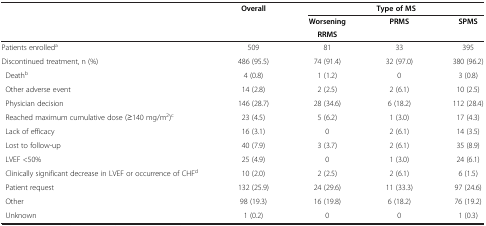
<table><thead><tr><td><b> </b></td><td><b>Overall</b></td><td colspan="3"><b>Type of MS</b></td></tr><tr><td><b> </b></td><td><b> </b></td><td><b>Worsening</b></td><td><b>PRMS</b></td><td><b>SPMS</b></td></tr><tr><td><b> </b></td><td><b> </b></td><td><b>RRMS</b></td><td><b> </b></td><td><b> </b></td></tr></thead><tbody><tr><td>Patients enrolled<sup>a</sup></td><td>509</td><td>81</td><td>33</td><td>395</td></tr><tr><td>Discontinued treatment, n (%)</td><td>486 (95.5)</td><td>74 (91.4)</td><td>32 (97.0)</td><td>380 (96.2)</td></tr><tr><td> Death<sup>b</sup></td><td>4 (0.8)</td><td>1 (1.2)</td><td>0</td><td>3 (0.8)</td></tr><tr><td> Other adverse event</td><td>14 (2.8)</td><td>2 (2.5)</td><td>2 (6.1)</td><td>10 (2.5)</td></tr><tr><td> Physician decision</td><td>146 (28.7)</td><td>28 (34.6)</td><td>6 (18.2)</td><td>112 (28.4)</td></tr><tr><td> Reached maximum cumulative dose (≥140 mg/m<sup>2</sup>)<sup>c</sup></td><td>23 (4.5)</td><td>5 (6.2)</td><td>1 (3.0)</td><td>17 (4.3)</td></tr><tr><td> Lack of efficacy</td><td>16 (3.1)</td><td>0</td><td>2 (6.1)</td><td>14 (3.5)</td></tr><tr><td> Lost to follow-up</td><td>40 (7.9)</td><td>3 (3.7)</td><td>2 (6.1)</td><td>35 (8.9)</td></tr><tr><td> LVEF &lt;50%</td><td>25 (4.9)</td><td>0</td><td>1 (3.0)</td><td>24 (6.1)</td></tr><tr><td> Clinically significant decrease in LVEF or occurrence of CHF<sup>d</sup></td><td>10 (2.0)</td><td>2 (2.5)</td><td>2 (6.1)</td><td>6 (1.5)</td></tr><tr><td> Patient request</td><td>132 (25.9)</td><td>24 (29.6)</td><td>11 (33.3)</td><td>97 (24.6)</td></tr><tr><td> Other</td><td>98 (19.3)</td><td>16 (19.8)</td><td>6 (18.2)</td><td>76 (19.2)</td></tr><tr><td> Unknown</td><td>1 (0.2)</td><td>0</td><td>0</td><td>1 (0.3)</td></tr></tbody></table>